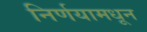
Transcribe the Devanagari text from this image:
निर्णयामधून